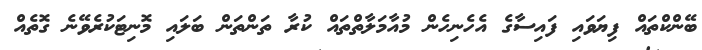
ބޭންކްތައް ފިޔަވައި ފައިސާގެ އެހެނިހެން މުއާމަލާތްތައް ކުރާ ތަންތަން ބަލައި މޮނިޓަކުރެވޭނެ ގޮތެއް